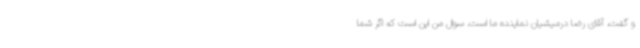
و گفت، آقای رضا درمیشیان نماینده ما است. سوال من این است که اگر شما